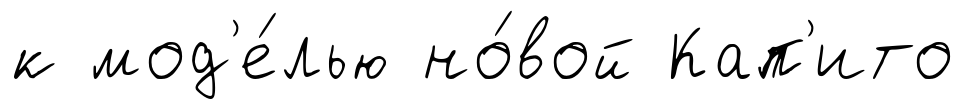
к мод'е́лью но́вой Кап'ито